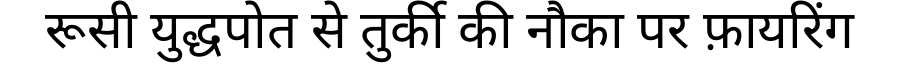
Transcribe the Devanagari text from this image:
रूसी युद्धपोत से तुर्की की नौका पर फ़ायरिंग